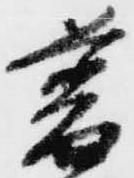
普